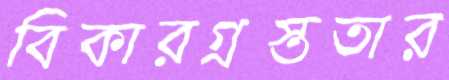
বিকারগ্রস্ততার